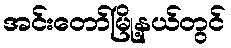
အင်းတော်မြို့နယ်တွင်